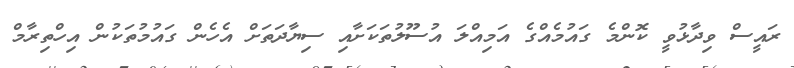
ރައީސް ވިދާޅުވީ ކޮންމެ ގައުމެއްގެ އަމިއްލަ އުސޫލުތަކަށާއި ސިޔާދަތަށް އެހެން ގައުމުތަކުން އިހްތިރާމް